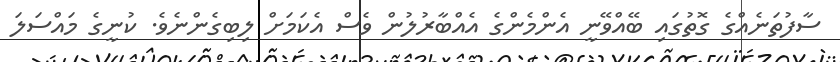
ސާފުތަނެއްގެ ގޮތުގައި ބޭއްވޭނީ އެންމެންގެ އެއްބާރުލުން ވެސް އެކަމަށް ލިބިގެންނެވެ. ކުނީގެ މައްސަލަ